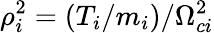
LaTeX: \rho_{i}^{2}=(T_{i}/m_{i})/\Omega_{ci}^{2}